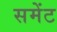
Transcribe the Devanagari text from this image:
समेंट